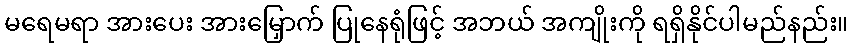
မရေမရာ အားပေး အားမြှောက် ပြုနေရုံဖြင့် အဘယ် အကျိုးကို ရရှိနိုင်ပါမည်နည်း။